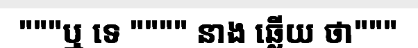
"""ឬ ទេ """" នាង ឆ្លើយ ថា"""